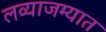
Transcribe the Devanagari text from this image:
लव्याजम्यात